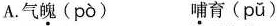
A.气魄(pò) 哺育(pǔ)